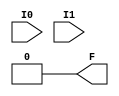
module LUT2_8(output F, input I0, I1);
	parameter [3:0] INIT = 0;
	wire [ 1: 0] s1 = I1 ? INIT[ 3: 2] : INIT[ 1: 0];
	assign F = I0 ? s1[1] : s1[0];
endmodule